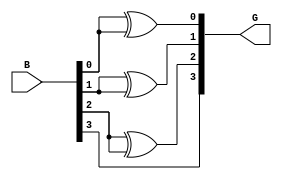
module bitogray (
input [3:0] B,
output [3:0]G
); 

assign G[0] = B[0] ^ B[0];
assign G[1] = B[1] ^ B[1];
assign G[2] = B[2] ^ B[2];
assign G[3] = B[3];
endmodule